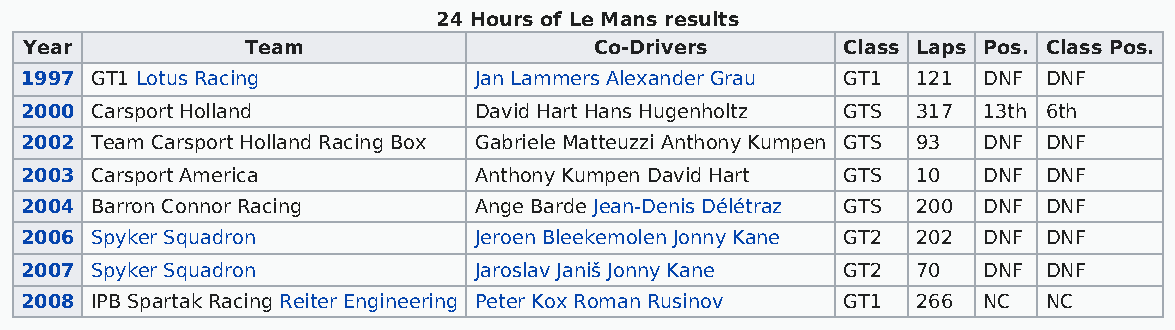
24 Hours of Le Mans results
 Year          Team                   Co-Drivers       Class Laps Pos. Class Pos.
 1997 GT1 Lotus Racing         Jan Lammers Alexander Grau GT1 121 DNF DNF
 2000 Carsport Holland         David Hart Hans Hugenholtz GTS 317 13th 6th
 2002 Team Carsport Holland Racing Box Gabriele Matteuzzi Anthony Kumpen GTS 93 DNF DNF
 2003 Carsport America         Anthony Kumpen David Hart GTS 10  DNF DNF
 2004 Barron Connor Racing     Ange Barde Jean-Denis Délétraz GTS 200 DNF DNF
 2006 Spyker Squadron          Jeroen Bleekemolen Jonny Kane GT2 202 DNF DNF
 2007 Spyker Squadron          Jaroslav Janiš Jonny Kane GT2 70  DNF DNF
 2008 IPB Spartak Racing Reiter Engineering Peter Kox Roman Rusinov GT1 266 NC NC